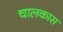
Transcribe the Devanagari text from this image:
चालकास